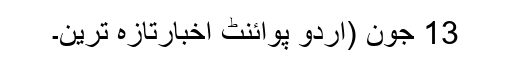
13 جون (اُردو پوائنٹ اخبارتازہ ترین۔